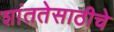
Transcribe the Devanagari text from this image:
शांततेसाठीचे